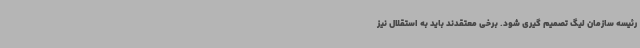
رئیسه سازمان لیگ تصمیم گیری شود. برخی معتقدند باید به استقلال نیز